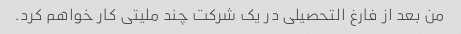
من بعد از فارغ التحصیلی در یک شرکت چند ملیتی کار خواهم کرد.